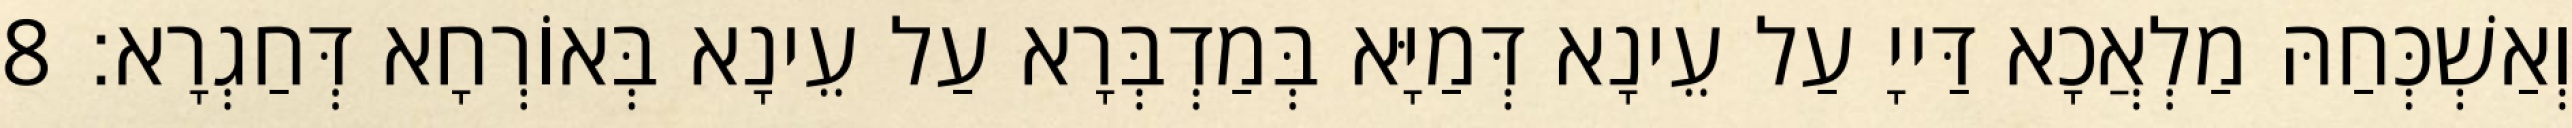
וְאַשְׁכְּחַהּ מַלְאֲכָא דַּייָ עַל עֵינָא דְּמַיָּא בְּמַדְבְּרָא עַל עֵינָא בְּאוֹרְחָא דְּחַגְרָא׃ 8